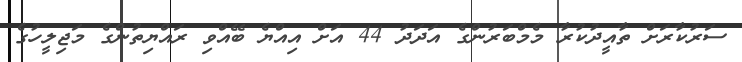
ސަރުކާރަށް ތާއީދުކުރާ މެމްބަރުންގެ އަދަދު 44 އަށް އިއްޔެ ބޭއްވި ރައްޔިތުންގެ މަޖިލީހުގެ